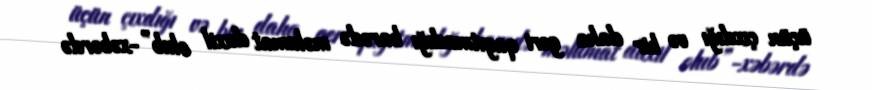
üçün çıxdığı və bir daha geri qayıtmadığı barədə məlumat daxil olub”-xəbərdə